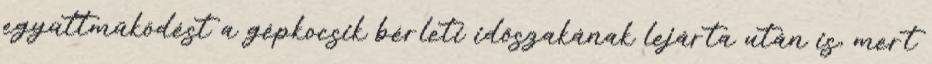
együttműködést a gépkocsik bérleti időszakának lejárta után is, mert